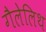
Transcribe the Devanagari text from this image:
गैलेलिथ